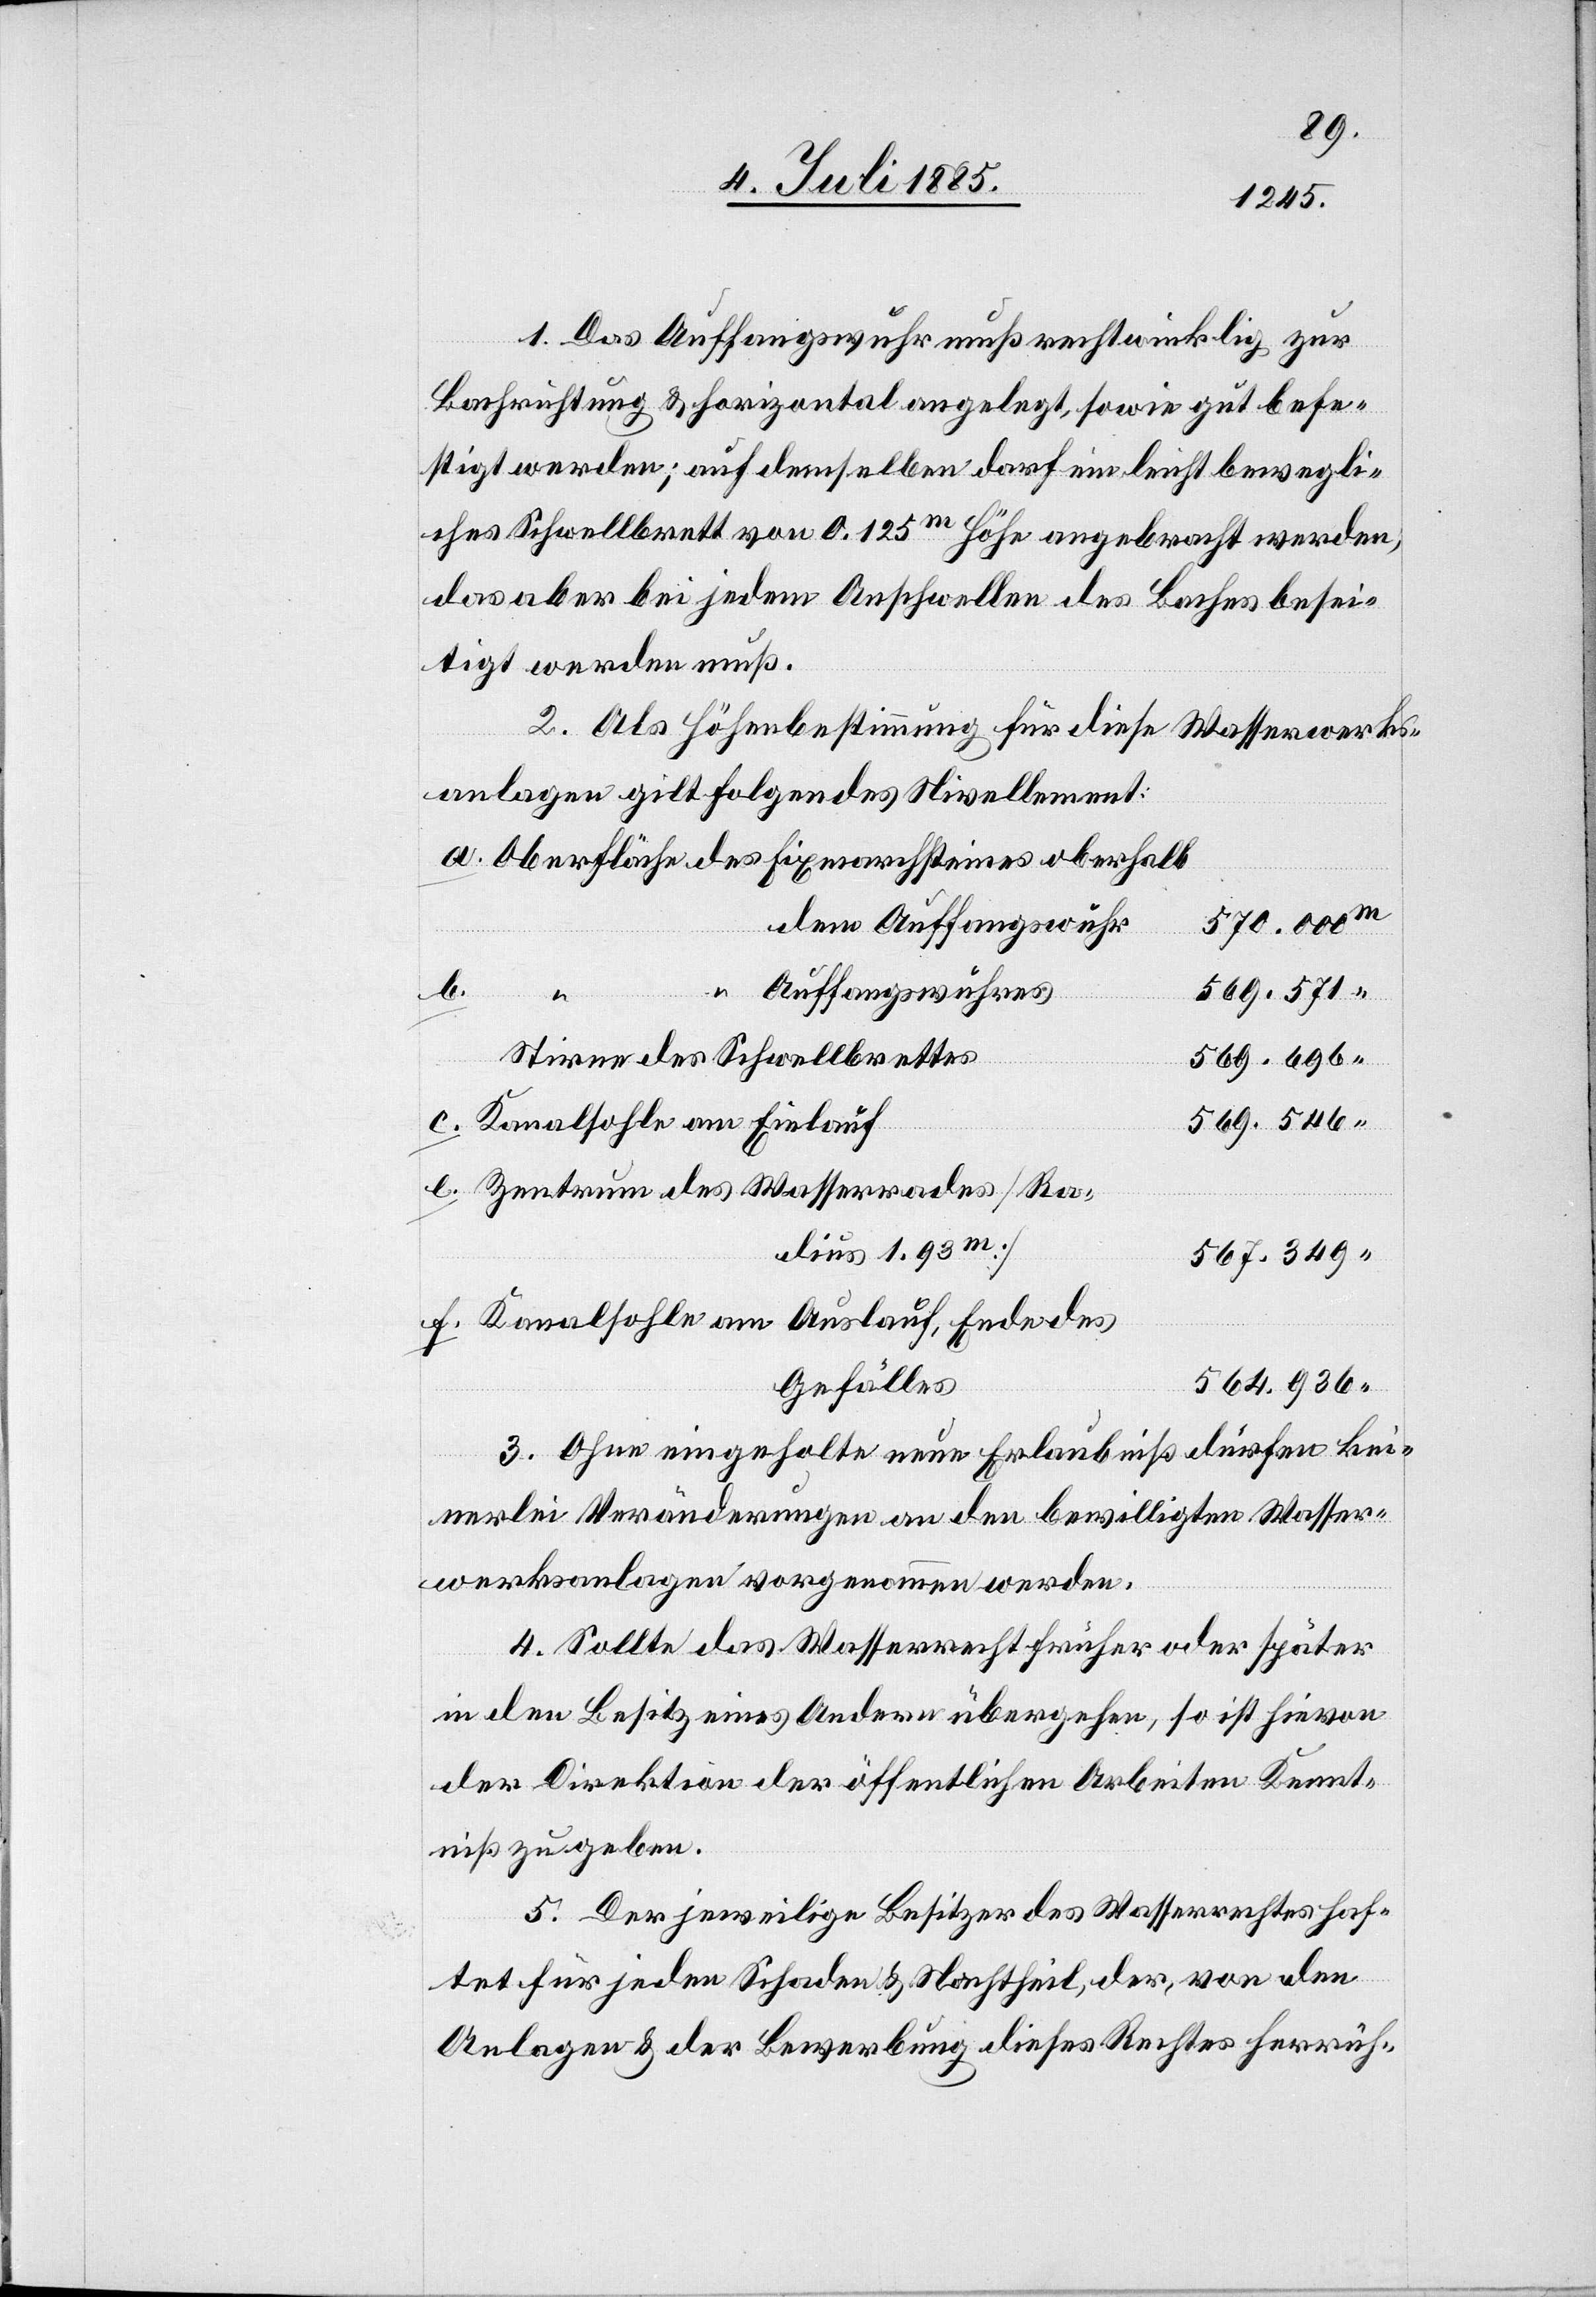
e.

1. Das Auffangswuhr muß rechtwinklig zur
Bachrichtung & horizontal angelegt, sowie gut befe¬
stigt werden; auf demselben darf ein leicht bewegli¬
ches Schwellbrett von 0.125m Höhe angebracht werden,
das aber bei jedem Anschwellen des Baches besei¬
tigt werden muß.
2. Als Höhenbestimmung für diese Wasserwerks¬
anlage gilt folgendes Nivellement:
dem Auffangswuhr
b.
Auffangswuhres
569.571
“
Stirne des Schwellbrettes
569.696
569.546
Kanalsohle am Einlauf
Zentrum des Wasserrades [Ra¬
dius 1.93m]
567.349
Kanalsohle am Auslauf, Ende des
564.936
Gefälles
3. Ohne eingeholte neue Erlaubniß dürfen kei¬
nerlei Veränderungen an den bewilligten Wasser¬
werksanlagen vorgenommen werden.
4. Sollte das Wasserrecht früher oder später
in den Besitz eines Andern übergehen, so ist hievon
der Direktion der öffentlichen Arbeiten Kennt¬
niß zu geben.
5. Der jeweilige Besitzer des Wasserrechtes haf¬
tet für jeden Schaden & Nachtheil, der von den
Anlagen & der Bewerbung dieses Rechtes herrüh-